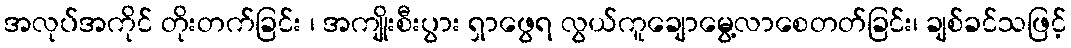
အလုပ်အကိုင် တိုးတက်ခြင်း ၊ အကျိုးစီးပွား ရှာဖွေရ လွယ်ကူချောမွေ့လာစေတတ်ခြင်း၊ ချစ်ခင်သဖြင့်